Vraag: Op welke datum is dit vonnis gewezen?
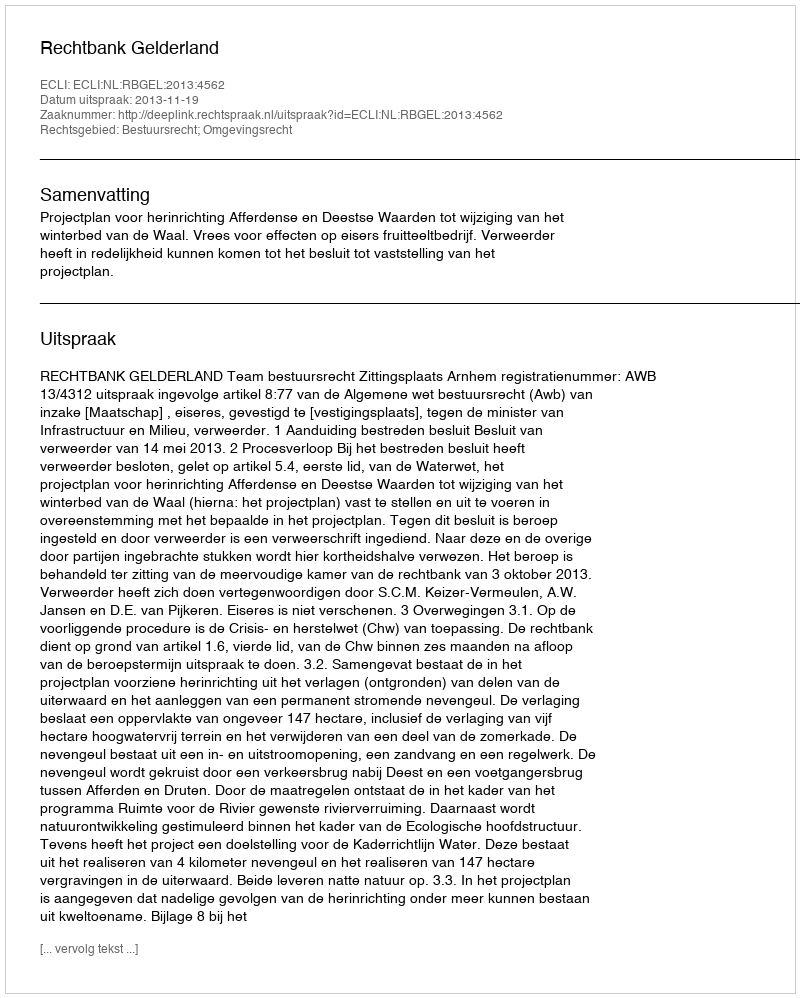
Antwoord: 2013-11-19